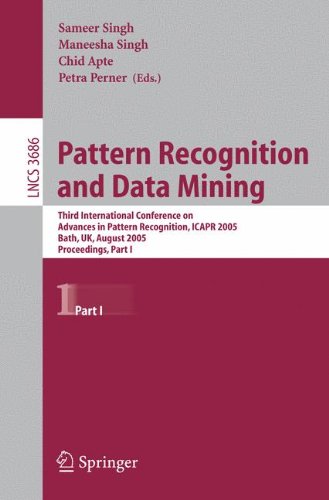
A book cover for Pattern Recognition and Data Mining: Third International Conference on Advances in Pattern Recognition, ICAR 2005, Bath, UK, August 22-25, 2005, Part I (Lecture Notes in Computer Science); Self-Help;